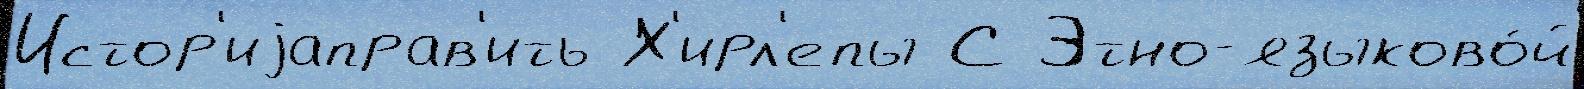
Истор'иjаправ'ить Х'ирл'епы С Этно-языково́й